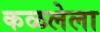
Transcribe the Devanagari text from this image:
कळलेला